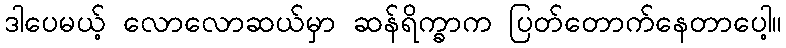
ဒါပေမယ့် လောလောဆယ်မှာ ဆန်ရိက္ခာက ပြတ်တောက်နေတာပေါ့။